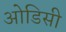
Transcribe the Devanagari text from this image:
आेडिसी